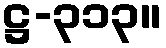
ဋ္ဌ-၃၁၃။